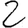
Digit: 2